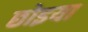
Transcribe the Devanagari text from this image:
छोइया